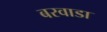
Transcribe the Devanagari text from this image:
बरवाडा